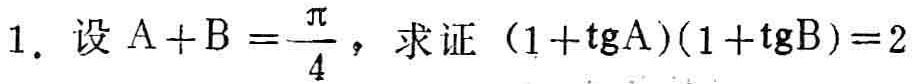
1. 设\(A + B=\frac{\pi}{4}\)，求证\((1 + \mathrm{tg}A)(1+\mathrm{tg}B)=2\)